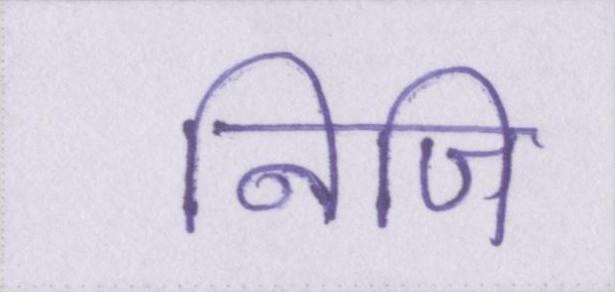
निजि